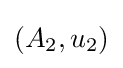
(A_{2},u_{2})